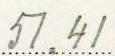
51.41